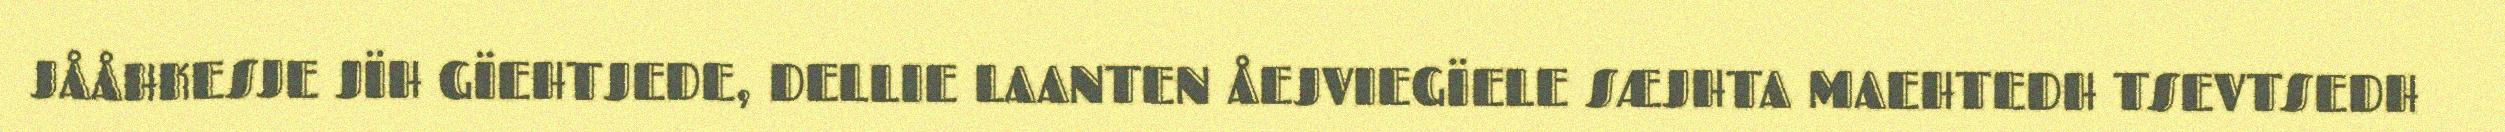
JÅÅHKESJE JÏH GÏEHTJEDE, DELLIE LAANTEN ÅEJVIEGÏELE SÆJHTA MAEHTEDH TSEVTSEDH